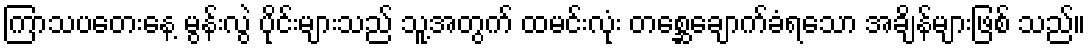
ကြာသပတေးနေ့ မွန်းလွဲ ပိုင်းများသည် သူ့အတွက် ထမင်းလုံး တစ္ဆေချောက်ခံရသော အချိန်များဖြစ် သည်။